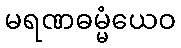
မရဏဓမ္မံယေဝ